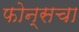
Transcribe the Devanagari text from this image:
फोन्सचा